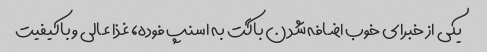
یکی از خبرای خوب اضافه شدن باگت به اسنپ فوده، غذا عالی و باکیفیت